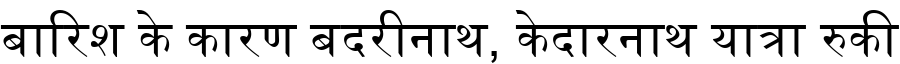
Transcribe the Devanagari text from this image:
बारिश के कारण बदरीनाथ, केदारनाथ यात्रा रुकी